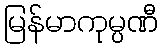
မြန်မာကုမ္ပဏီ